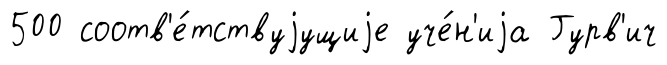
500 соотв'е́тствуjущиjе уче́н'иjа Гурв'ич